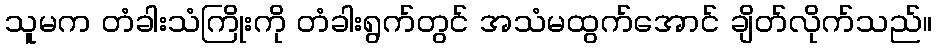
သူမက တံခါးသံကြိုးကို တံခါးရွက်တွင် အသံမထွက်အောင် ချိတ်လိုက်သည်။